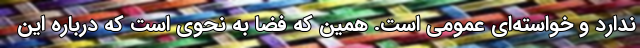
ندارد و خواسته‌اي عمومي ‌است. همين که فضا به نحوي است که درباره اين